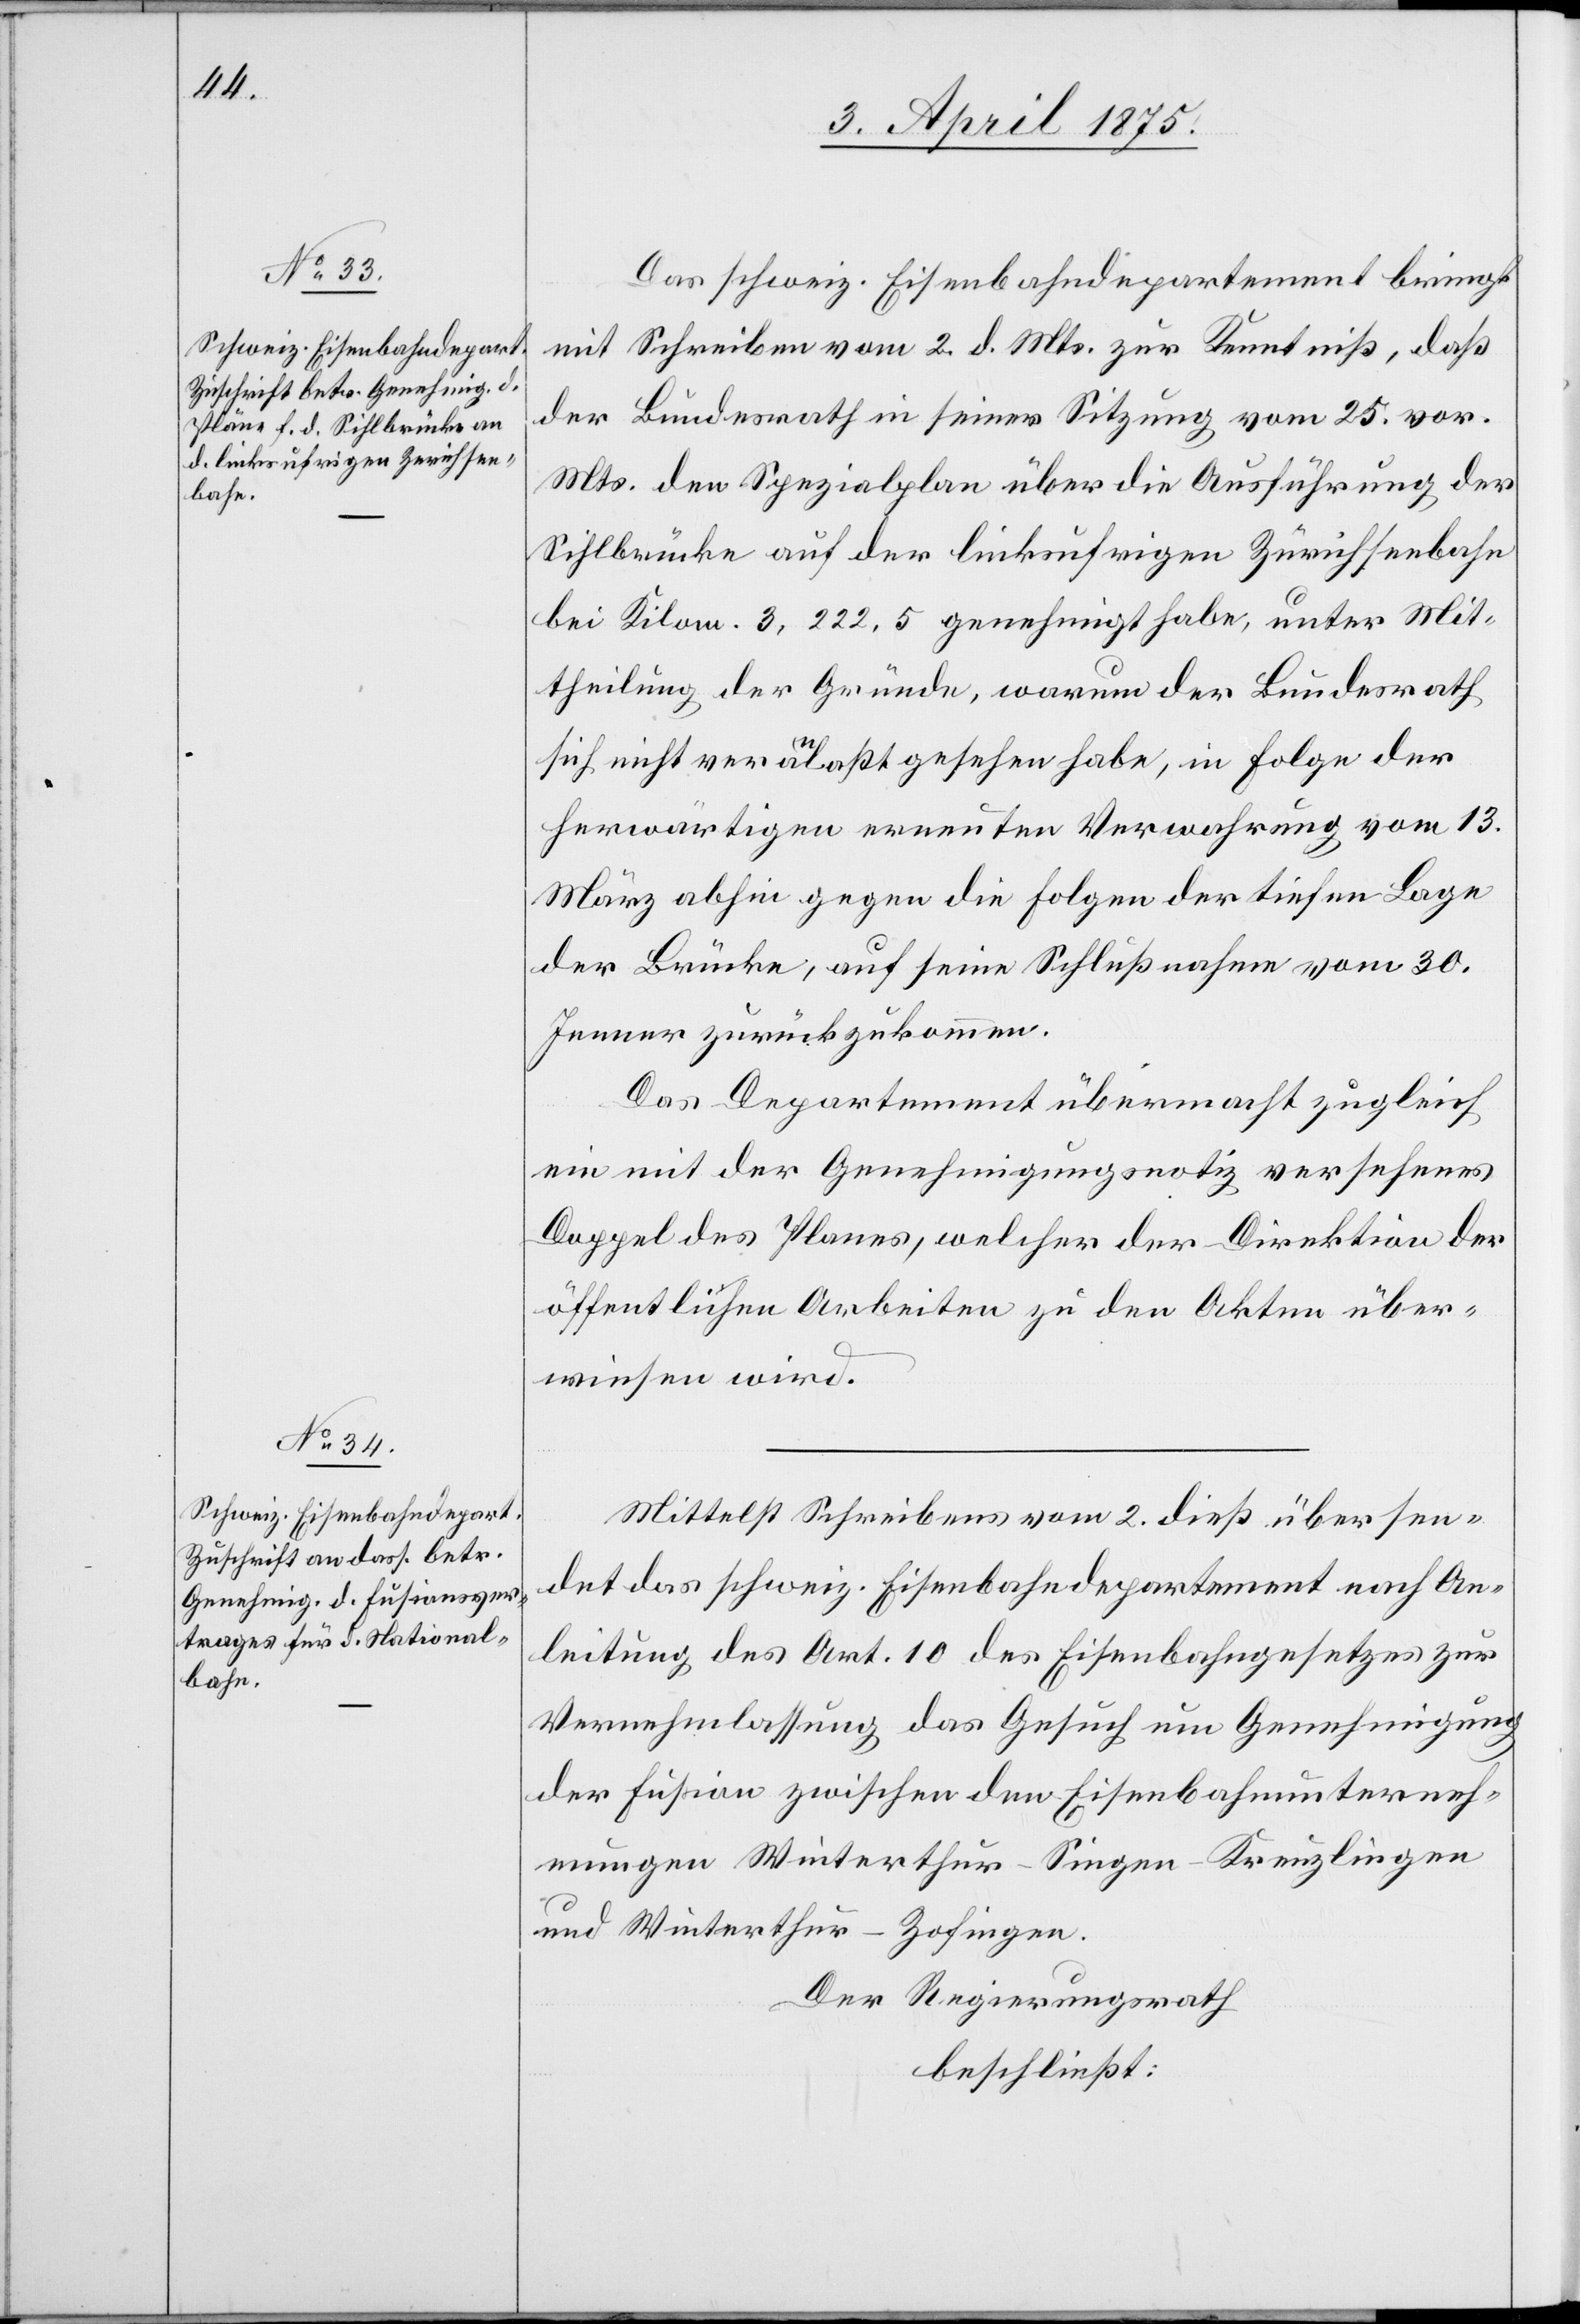
Das schweiz. Eisenbahndepartement bringt
mit Schreiben vom 2. d. Mts. zur Kenntniß, daß
der Bundesrath in seiner Sitzung vom 25. vor.
Mts. den Spezialplan über die Ausführung der
Sihlbrücke auf der linksufrigen Zürichseebahn
bei Kilom. 3.222,5 genehmigt habe, unter Mit¬
theilung der Gründe, warum der Bundesrath
sich nicht veranlaßt gesehen habe, in Folge der
herwärtigen erneuten Verwahrung vom 13.
März abhin gegen die Folgen der tiefen Lage
der Brücke, auf seine Schlußnahme vom 30.
Jenner zurückzukommen.
Das Departement übermacht zugleich
ein mit der Genehmigungsnotiz versehenes
Doppel des Planes, welcher der Direktion der
öffentlichen Arbeiten zu den Akten über¬
wiesen wird.
Mittelst Schreibens vom 2. dieß. übersen¬
det das schweiz. Eisenbahndepartement nach An¬
leitung des Art. 10 des Eisenbahngesetzes zur
Vernehmlassung das Gesuch um Genehmigung
der Fusion zwischen den Eisenbahnunterneh¬
mungen Winterthur–Singen–Kreuzlingen
und Winterthur–Zofingen.
Der Regierungsrath
beschließt: